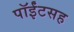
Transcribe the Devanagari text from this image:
पॉईंटसह